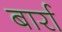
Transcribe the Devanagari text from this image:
बार्रा